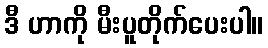
ဒီ ဟာကို မီးပူတိုက်ပေးပါ။